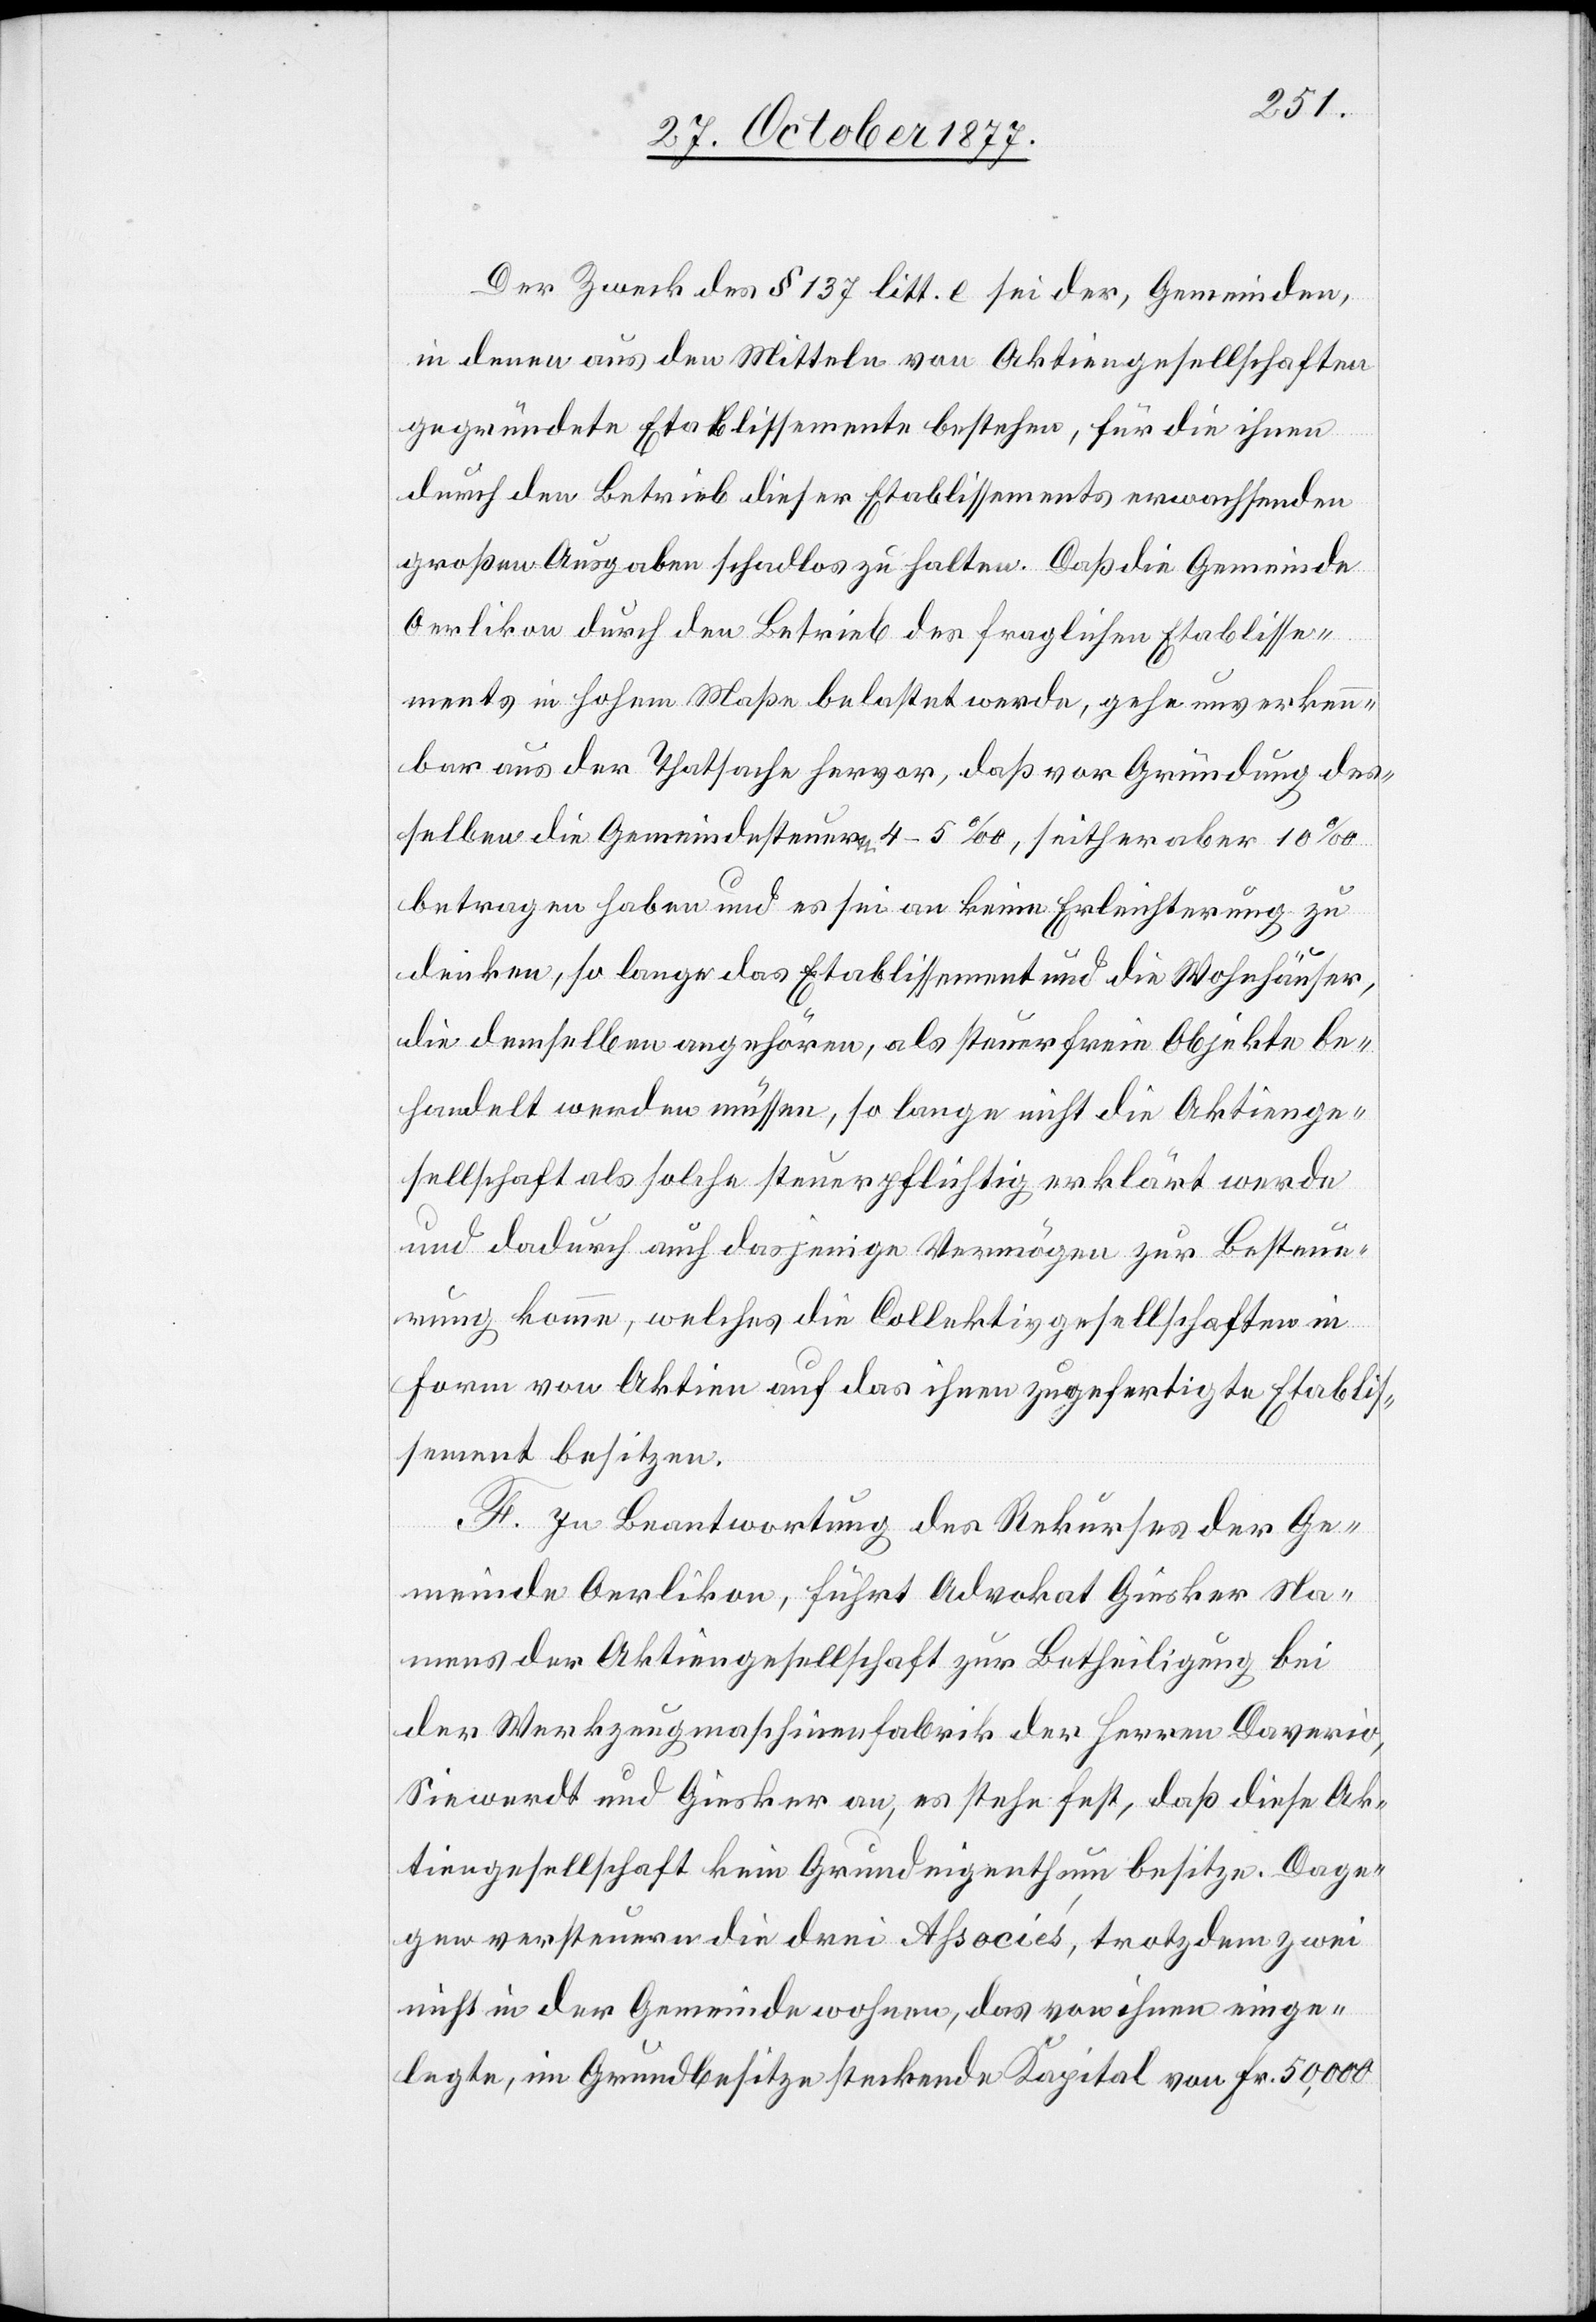
Der Zweck des § 137 litt. e sei der, Gemeinden,
in denen aus den Mitteln von Aktiengesellschaften
gegründete Etablissemente bestehen, für die ihnen
durch den Betrieb dieser Etablissements erwachsenden
großen Ausgaben schadlos zu halten. Daß die Gemeinde
Oerlikon durch den Betrieb des fraglichen Etablisse¬
ments in hohem Maße belastet werde, gehe unverkenn¬
bar aus der Thatsache hervor, daß vor Gründung des¬
selben die Gemeindesteuern 4–5‰, seither aber 10‰
betragen haben und es sei an keine Erleichterung zu
denken, so lange das Etablissement und die Wohnhäuser,
die demselben angehören, als steuerfreie Objekte be¬
handelt werden müssen, so lange nicht die Aktienge¬
sellschaft als solche steuerpflichtig erklärt werde
und dadurch auch dasjenige Vermögen zur Besteue¬
rung komme, welches die Collektivgesellschaften in
Form von Aktien auf das ihnen zugefertigte Etablis¬
sement besitzen.
F. In Beantwortung des Rekurses der Ge¬
meinde Oerlikon, führt Advokat Giesker Na¬
mens der Aktiengesellschaft zur Betheiligung bei
der Werkzeugmaschinenfabrik der Herren Daverio,
Siewerdt und Giesker an, es stehe fest, daß diese Ak¬
tiengesellschaft kein Grundeigenthum besitze. Dage¬
gen versteuern die drei Associés, trotzdem zwei
nicht in der Gemeinde wohnen, das von ihnen einge¬
legte, im Grundbesitze steckende Kapital von Fr. 50,000